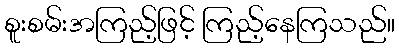
စူးစမ်းအကြည့်ဖြင့် ကြည့်နေကြသည်။